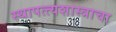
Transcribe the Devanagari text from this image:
स्थापत्त्यशास्त्राचा